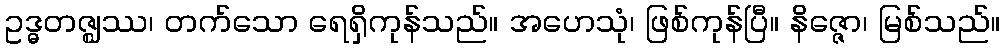
ဥဒ္ဓတဇ္ဈဿ၊ တက်သော ရေရှိကုန်သည်။ အဟေသုံ၊ ဖြစ်ကုန်ပြီ။ နိဇ္ဇော၊ မြစ်သည်။